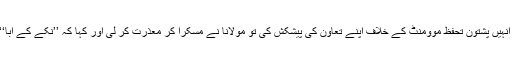
اس دوران ایک صاحب نے انہیں پشتون تحفظ موومنٹ کے خلاف اپنے تعاون کی پیشکش کی تو مولانا نے مسکرا کر معذرت کر لی اور کہا کہ ’’نکّے کے ابا‘‘ سے دور رہنا ہی بہتر ہے۔